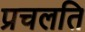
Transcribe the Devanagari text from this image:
प्रचलति